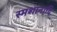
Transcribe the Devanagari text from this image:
स्मशानादि